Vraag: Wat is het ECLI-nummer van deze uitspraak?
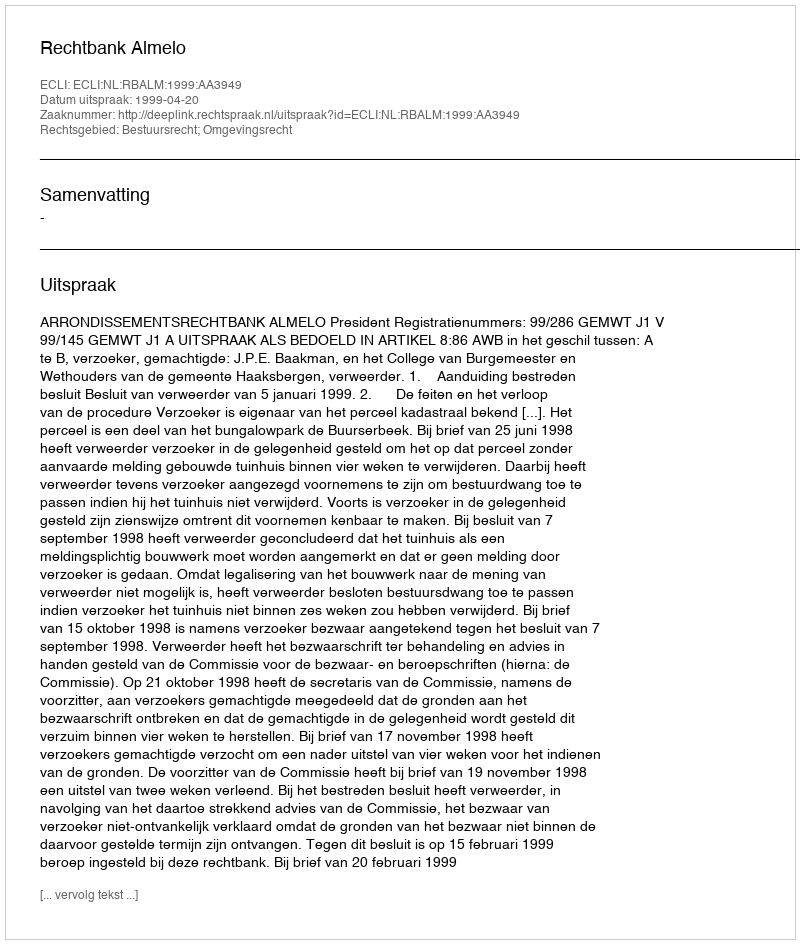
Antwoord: ECLI:NL:RBALM:1999:AA3949